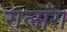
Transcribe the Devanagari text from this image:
रालांग